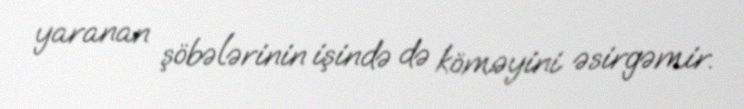
yaranan şöbələrinin işində də köməyini əsirgəmir.